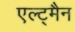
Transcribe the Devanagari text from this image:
एल्ट्मैन